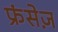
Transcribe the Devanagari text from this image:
फ्रंसेज़